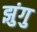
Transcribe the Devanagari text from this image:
झुंगु